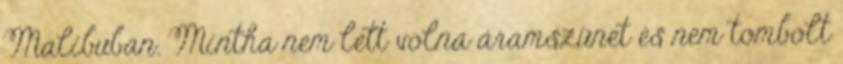
Malibuban. Mintha nem lett volna áramszünet és nem tombolt